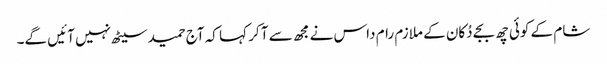
شام کے کوئی چھ بجے دُکان کے ملازم رام داس نے مجھ سے آ کر کہا کہ آج حمید سیٹھ نہیں آئیں گے۔